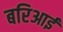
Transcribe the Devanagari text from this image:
बरिआई